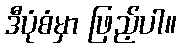
ဒီပုံစံမှာ ဖြည့်ပါ။